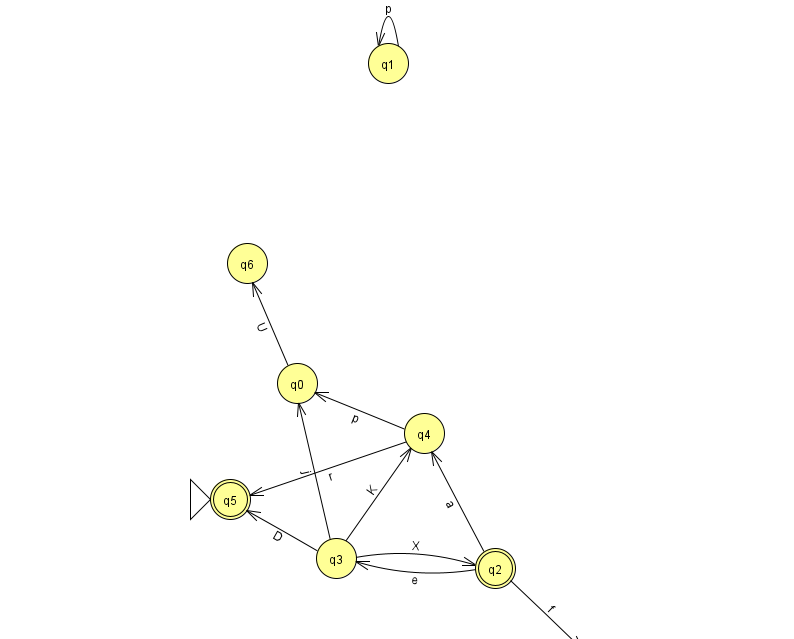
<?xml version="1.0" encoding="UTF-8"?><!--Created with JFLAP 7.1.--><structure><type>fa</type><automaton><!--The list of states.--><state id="0" name="q0"><x>297.0</x><y>370.0</y></state><state id="1" name="q1"><x>388.0</x><y>50.0</y></state><state id="2" name="q2"><x>495.0</x><y>555.0</y><final/></state><state id="3" name="q3"><x>336.0</x><y>545.0</y></state><state id="4" name="q4"><x>424.0</x><y>420.0</y></state><state id="5" name="q5"><x>230.0</x><y>486.0</y><initial/><final/></state><state id="6" name="q6"><x>247.0</x><y>250.0</y></state><state id="7" name="q7"><x>594.0</x><y>651.0</y></state><!--The list of transitions.--><transition><from>1</from><to>1</to><read>p</read></transition><transition><from>3</from><to>5</to><read>D</read></transition><transition><from>4</from><to>5</to><read>r</read></transition><transition><from>3</from><to>2</to><read>X</read></transition><transition><from>0</from><to>6</to><read>U</read></transition><transition><from>3</from><to>0</to><read>j</read></transition><transition><from>4</from><to>0</to><read>p</read></transition><transition><from>2</from><to>7</to><read>f</read></transition><transition><from>2</from><to>4</to><read>a</read></transition><transition><from>3</from><to>4</to><read>K</read></transition><transition><from>2</from><to>3</to><read>e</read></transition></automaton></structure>